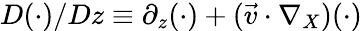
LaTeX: D(\cdot)/Dz\equiv\partial_{z}(\cdot)+(\vec{v}\cdot\nabla_{X})(\cdot)